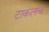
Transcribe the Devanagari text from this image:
टाकलंच